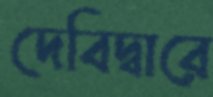
দেবিদ্বারে